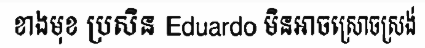
ខាងមុខ ប្រសិន Eduardo មិនអាចស្រោចស្រង់